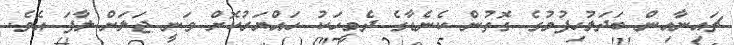
ޗައިނާއިން ބަދަލުހިފުމުގެ ގޮތުން ކެނެޑާގެ ދެމީހަކު ހައްޔަރުކޮށް ވަނީ ޖަލަށް ލާފަ އެވެ.